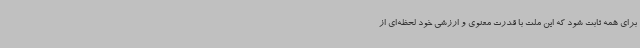
برای همه ثابت شود که این ملت با قدرت معنوی و ارزشی خود لحظه‌ای از